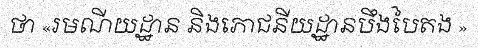
ថា «រមណីយដ្ឋាន និងភោជនីយដ្ឋានបឹងបៃតង »